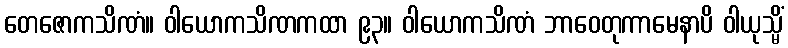
တေဇောကသိဏံ။ ဝါယောကသိဏကထာ ၉၃။ ဝါယောကသိဏံ ဘာဝေတုကာမေနာပိ ဝါယုသ္မိံ